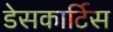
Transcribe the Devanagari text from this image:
डेसकार्टिस